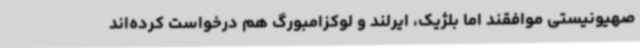
صهیونیستی موافقند اما بلژیک، ایرلند و لوکزامبورگ هم درخواست کرده‌اند